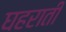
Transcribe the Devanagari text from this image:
घहराती